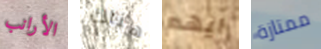
الأرانب هناك ايهم ممتازة